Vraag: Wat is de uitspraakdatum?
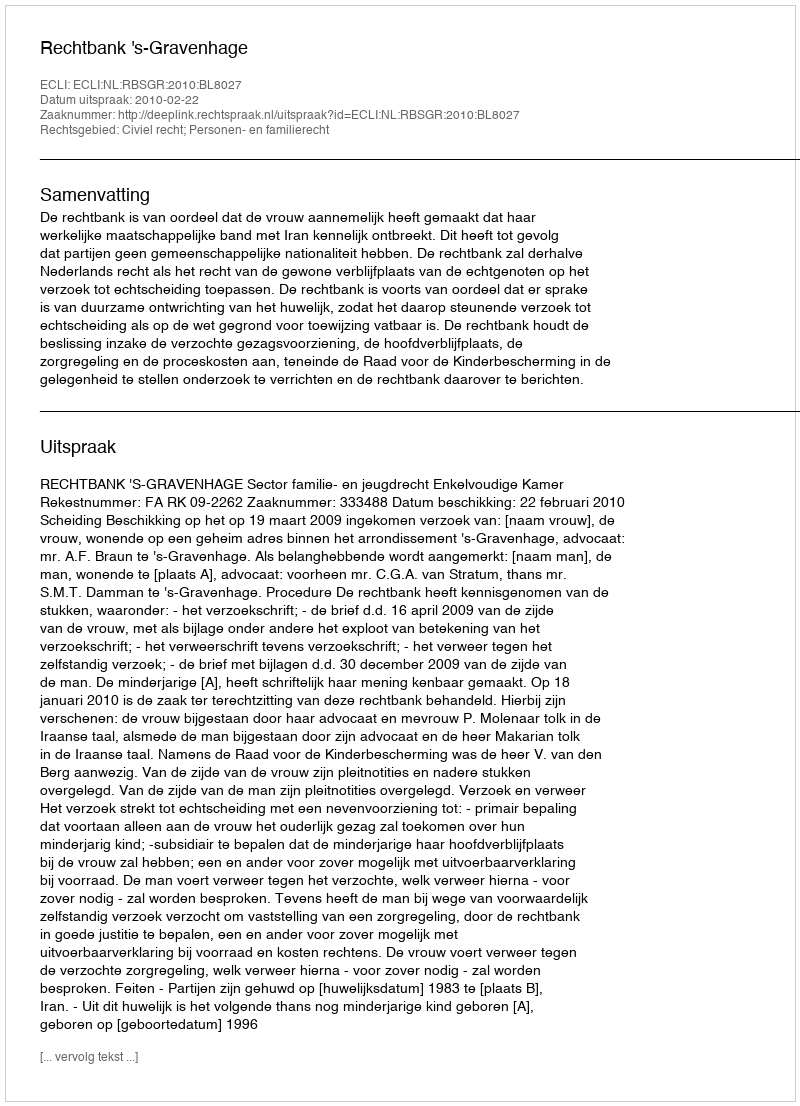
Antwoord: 2010-02-22